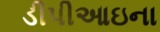
ડીપીઆઇના